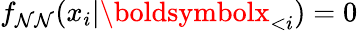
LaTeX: f_{\mathcal{N}\mathcal{N}}(x_{i}|\boldsymbolx_{<i})=0